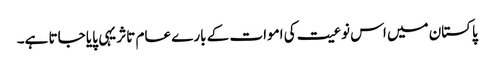
پاکستان میں اس نوعیت کی اموات کے بارے عام تاثر یہی پایا جاتا ہے۔